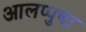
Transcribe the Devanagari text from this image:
आलप्पुषा़